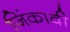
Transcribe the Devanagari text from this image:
जिंकावी